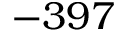
- 3 9 7